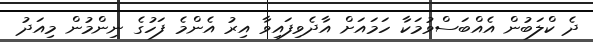
ދެ ކްލަބުން އެއްބަސްވުމަކާ ހަމައަށް އާދެވިފައިވާ އިރު އެންމެ ފަހުގެ ނިންމުން މިއަދު